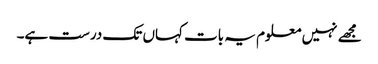
مجھے نہیں معلوم یہ بات کہاں تک درست ہے۔